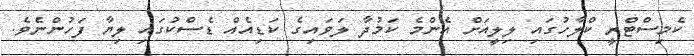
ކެމިސްޓްރީ ކްލާހުގައި ލިލީއަށް އެންމެ ކަމުދާ ލަވައިގެ ކަޑިއެއް ޑެސްކުގައި ލިޔާ ފަހުންނެވެ.